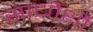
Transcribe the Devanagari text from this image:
साधीशी